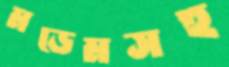
মডেমসহ